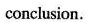
conclusion.